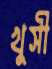
খুসী